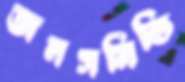
জনসমিতি